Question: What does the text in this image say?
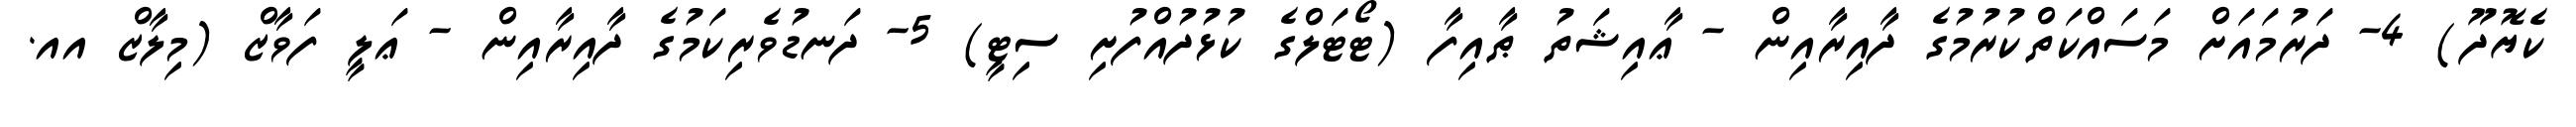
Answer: ކެޔޮދޫ) 4- ދަރުމައަށް މަސައްކަތްކުރުމުގެ ދާއިރާއިން - ޢާއިޝަތު ޠާއިފާ (ޓޯޓަލްގެ ކުޅުދުއްފުށި ސިޓީ) 5- ދަނޑުވެރިކަމުގެ ދާއިރާއިން - ޢަލީ ފަވާޒް (މިލާޒް އއ.